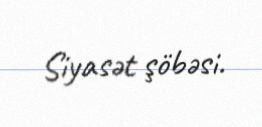
Siyasət şöbəsi.